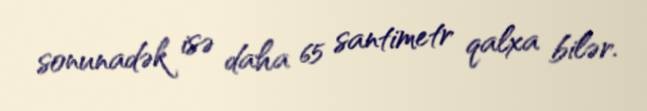
sonunadək isə daha 65 santimetr qalxa bilər.